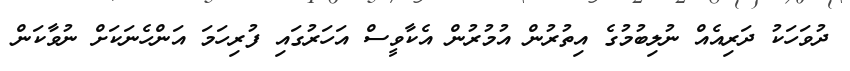
ދުވަހަކު ދަރިއެއް ނުލިބުމުގެ އިތުރުން އުމުރުން އެކާވީސް އަހަރުގައި ފުރިހަމަ އަންހެނަކަށް ނުވާކަން